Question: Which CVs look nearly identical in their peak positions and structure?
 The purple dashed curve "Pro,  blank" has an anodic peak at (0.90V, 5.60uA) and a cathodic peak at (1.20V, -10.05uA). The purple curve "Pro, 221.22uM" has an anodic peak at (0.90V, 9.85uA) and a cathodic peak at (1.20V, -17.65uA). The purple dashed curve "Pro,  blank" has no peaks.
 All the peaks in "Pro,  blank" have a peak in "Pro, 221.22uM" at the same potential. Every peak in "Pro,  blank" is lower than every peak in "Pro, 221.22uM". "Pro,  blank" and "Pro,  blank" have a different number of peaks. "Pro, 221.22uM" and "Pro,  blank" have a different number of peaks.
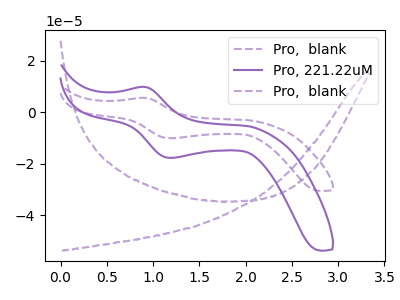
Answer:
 <answer>"Pro, 221.22uM" and "Pro,  blank" have the same shape and are likely CV's of the same chemical.</answer>
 <eval>"Pro, 221.22uM" "Pro,  blank"</eval>